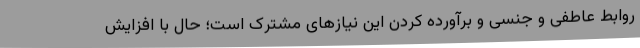
روابط عاطفی و جنسی و برآورده کردن این نیازهای مشترک است؛ حال با افزایش